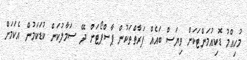
މުހިއްމު ޑޮކިއުމަންޓަކަށް ވިޔަސް ބައެއް ފަރާތްތަކުން ޕާސްޕޯޓަށް ދޭ ސަމާލުކަން ކުޑަކަމުން އެކަމަށް